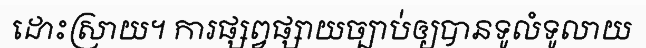
ដោះស្រាយ។ ការផ្សព្វផ្សាយច្បាប់ឲ្យបានទូលំទូលាយ